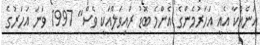
އަނެއްކާ އެއީ އަހަރުމެންގެ އެންމެ ބޮޑު ރައިވަލްއަކީ ވެސް" 1997 ވަނަ އަހަރުގެ